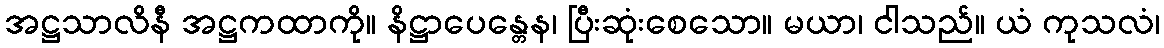
အဋ္ဌသာလိနီ အဋ္ဌကထာကို။ နိဋ္ဌာပေန္တေန၊ ပြီးဆုံးစေသော။ မယာ၊ ငါသည်။ ယံ ကုသလံ၊